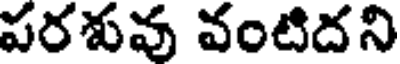
వరశువు వంటిదని